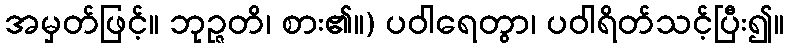
အမှတ်ဖြင့်။ ဘုဉ္ဇတိ၊ စား၏။) ပဝါရေတွာ၊ ပဝါရိတ်သင့်ပြီး၍။